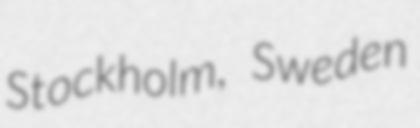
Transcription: Stockholm, Sweden